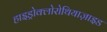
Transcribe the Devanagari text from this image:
हाइड्रोक्लोरोथियाज़ाइड